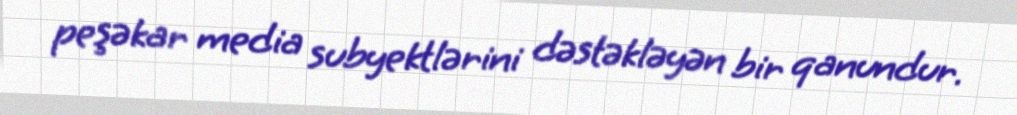
peşəkar media subyektlərini dəstəkləyən bir qanundur.